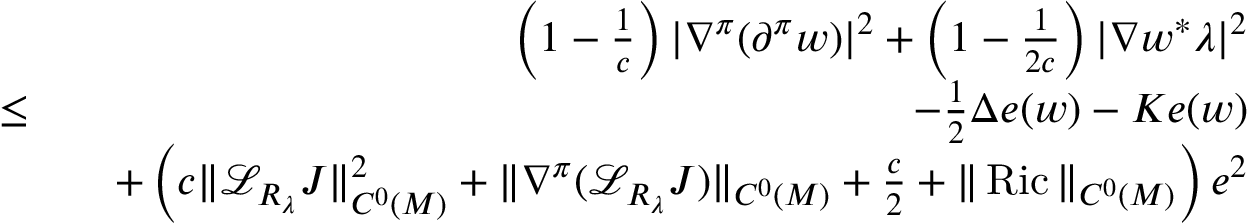
\begin{array} { r l r } & { } & { \left( 1 - \frac { 1 } { c } \right) | \nabla ^ { \pi } ( \partial ^ { \pi } w ) | ^ { 2 } + \left( 1 - \frac { 1 } { 2 c } \right) | \nabla w ^ { * } \lambda | ^ { 2 } } \\ & { \leq } & { - \frac { 1 } { 2 } \Delta e ( w ) - K e ( w ) } \\ & { } & { \quad + \left( c \| { \mathcal L } _ { R _ { \lambda } } J \| _ { C ^ { 0 } ( M ) } ^ { 2 } + \| \nabla ^ { \pi } ( { \mathcal L } _ { R _ { \lambda } } J ) \| _ { C ^ { 0 } ( M ) } + \frac { c } { 2 } + \| \operatorname { R i c } \| _ { C ^ { 0 } ( M ) } \right) e ^ { 2 } } \end{array}